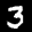
Label: 3